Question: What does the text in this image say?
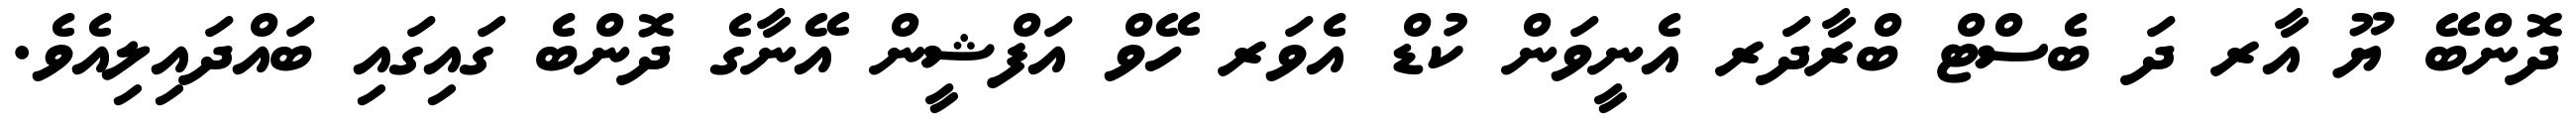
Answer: ދޮންބޭ ޔޫ އާރ ދަ ބެސްޓް ބްރާދަރ އެނީވަން ކުޑް އެވަރ ހޭވް އަފްޝީން އޭނާގެ ދޮންބެ ގައިގައި ބައްދައިލިއެވެ.